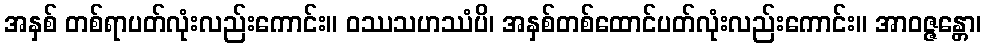
အနှစ် တစ်ရာပတ်လုံးလည်းကောင်း။ ဝဿသဟဿံပိ၊ အနှစ်တစ်ထောင်ပတ်လုံးလည်းကောင်း။ အာဝဇ္ဇန္တော၊